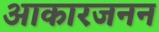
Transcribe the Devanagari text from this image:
आकारजनन